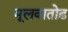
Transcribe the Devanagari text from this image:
मूलवातोढ़